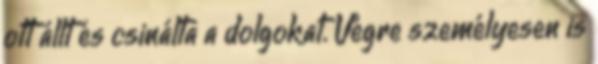
ott állt és csinálta a dolgokat. Végre személyesen is